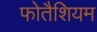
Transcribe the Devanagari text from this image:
फोतैशियम